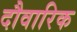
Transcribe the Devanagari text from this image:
दौवारिक